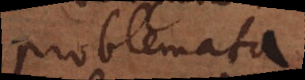
problemata